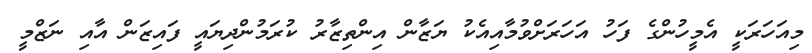
މިއަހަރަކީ އެމީހުންގެ ފަހު އަހަރަށްވުމާއިއެކު ޔަޒާން އިންތިޒާރު ކުރަމުންދިޔައީ ފައިޒަން އާއި ނަޒްމީ